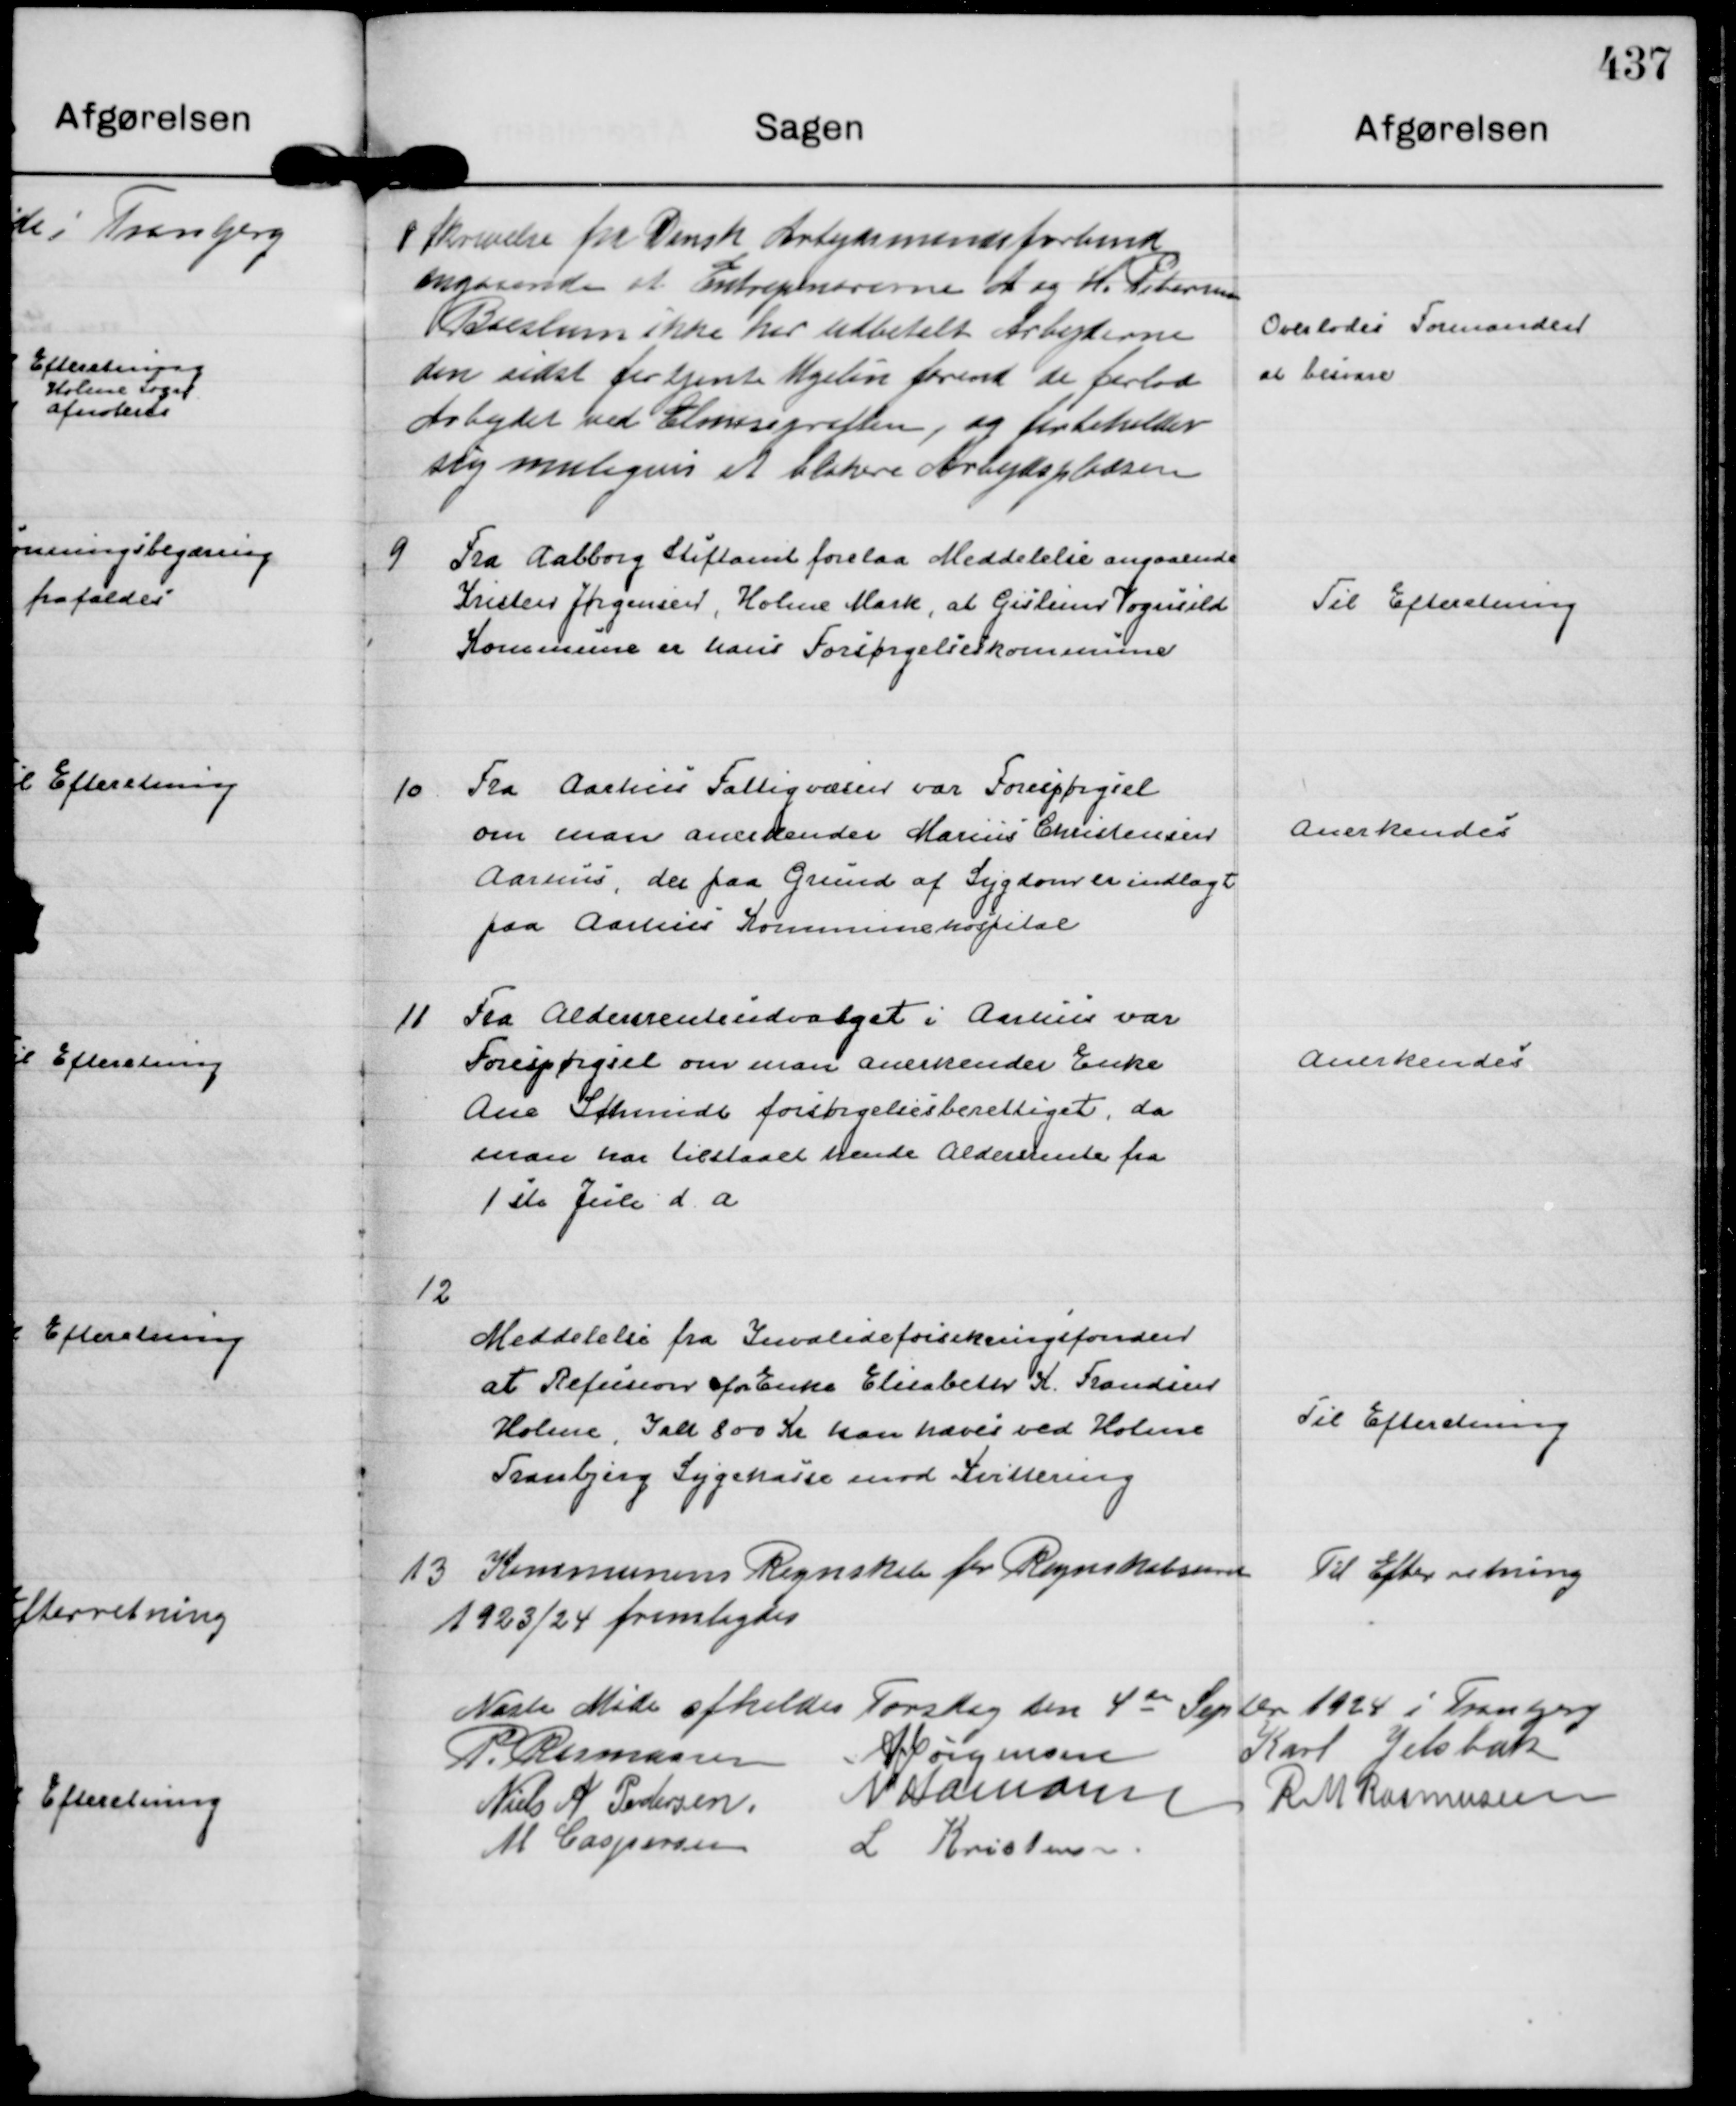
Transskription:
8
Skrivelse fra Dansk Arbejdsmandsforbund
angaaende at Entrepenørerne A og H. Petersen  
Boeslum ikke har udbetalt Arbejderne 
den sidst fortjente Ugeløn førend de forlod
Arbejdet ved Elmosegrøften, og forbeholder
sig muligvis at blokere Arbejdspladsen

Overlodes Formanden
at besvare

9
Fra Alborg Stiftamt forelaa Meddelelse angaaende
Kristen Jørgensen, Holme Mark, at Gislum Vognsild
Kommune er hans Forsørgelseskommune

Til Efteretning

10.
Fra Aarhus Fattigvæsen var Forespørgsel
om man anerkender Marius Christensen
Aarhus, der paa Grund af Sygdom er indlagt
paa Aarhus Kommunehospital

Anerkendes

11
Fra Aldersrenteudvalget i Aarhus var
Forespørgsel om man anerkender Enke
Ane Schmidt forsørgelsesberettiget, da
man har tilstaaet hende Aldersrente fra
1 ste Juli d. a

Anerkendes

12
Meddelelse fra Invalideforsikringsfonden
at Refusion for Enke Elisabeth K. Frandsen
Holme, Ialt 800 Kr kan hæves ved Holme
Tranbjerg Sygekasse mod Kvittering

Til Efteretning

13
Kommunens Regnskab for Regnskabsaaret
1923/24 fremlagdes

Til Efterretning

Næste Møde afholdes Torsdag den 4 de Septbr 1924 i Tranbjerg 
P. Rasmussen
A Jørgensen
Karl Jelsbak
Niels A Pedersen.
N Hamann
R M Rasmussen
M Caspersen
L Kristensen.